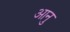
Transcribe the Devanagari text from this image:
आनु